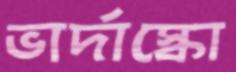
ভার্দাস্কো